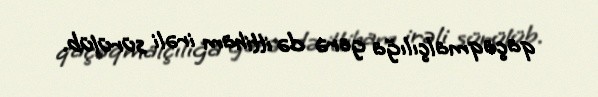
qaçaqmalçılığa görə də ittiham irəli sürülüb.